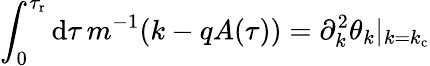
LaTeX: \int_{0}^{\tau_{\mathrm{r}}}\mathrm{d}\tau\, m^{-1}(k-qA(\tau))=\partial_{k}^{2}\theta_{k}\vert_{k=k_{\mathrm{c}}}